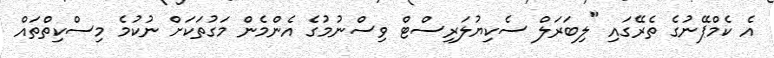
އެ ކެމްޕޭނުގެ ތެރޭގައި "ލިބަރަލް ސެކިޔުލަރިސްޓް ވިސްނުމުގެ އެންމެން މަގުތަކަށް ނުކުމެ މިސްކިތްތައް